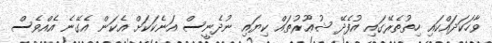
ވާހަކަދައްކައި ހިތުތެރޭގައި އުފެދޭ ޝުޢޫރުތައް ކިޔައި ނުދެނީސް އަނެކަކަށް އެކަން އެގޭނެ އެއްވެސް